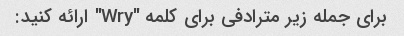
برای جمله زیر مترادفی برای کلمه "Wry" ارائه کنید: